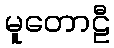
မူတောဠီ